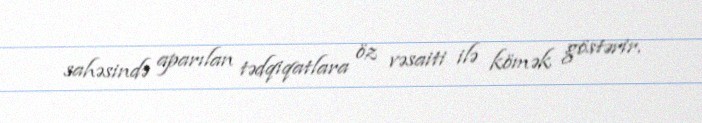
sahəsində aparılan tədqiqatlara öz vəsaiti ilə kömək göstərir.